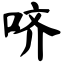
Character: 哜